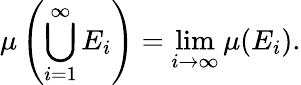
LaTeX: \mu\left(\bigcup_{i=1}^{\infty}E_{i}\right)=\operatorname*{lim}_{i\to\infty}\mu(E_{i}).